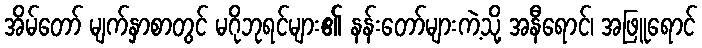
အိမ်တော် မျက်နှာစာတွင် မဂိုဘုရင်များ၏ နန်းတော်များကဲ့သို့ အနီရောင်၊ အဖြူရောင်